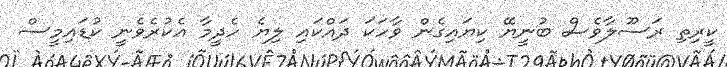
ކީރިތި ރަސޫލާވެސް ބުނީޔޭ ކިޔައިގެން ވާހަކަ ދައްކައި ލިޔެ ހެދީމާ އެކުރެވެނީ ކުޑައިމީސް